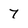
Character: 7